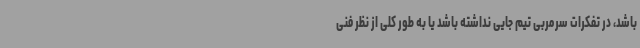
باشد، در تفکرات سرمربی تیم جایی نداشته باشد یا به طور کلی از نظر فنی